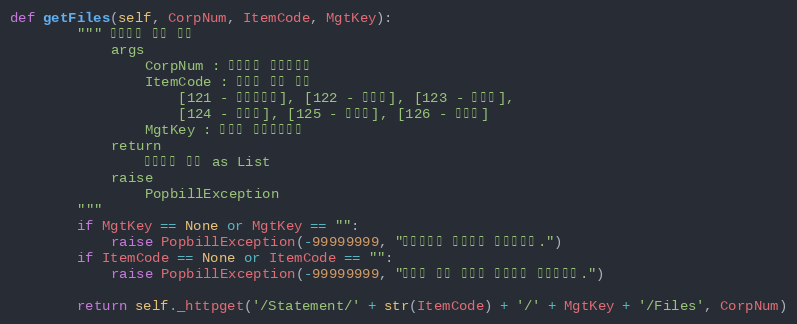
Language: Python
def getFiles(self, CorpNum, ItemCode, MgtKey):
        """ 첨부파일 목록 확인
            args
                CorpNum : 팝빌회원 사업자번호
                ItemCode : 명세서 종류 코드
                    [121 - 거래명세서], [122 - 청구서], [123 - 견적서],
                    [124 - 발주서], [125 - 입금표], [126 - 영수증]
                MgtKey : 파트너 문서관리번호
            return
                첨부파일 목록 as List
            raise
                PopbillException
        """
        if MgtKey == None or MgtKey == "":
            raise PopbillException(-99999999, "관리번호가 입력되지 않았습니다.")
        if ItemCode == None or ItemCode == "":
            raise PopbillException(-99999999, "명세서 종류 코드가 입력되지 않았습니다.")

        return self._httpget('/Statement/' + str(ItemCode) + '/' + MgtKey + '/Files', CorpNum)